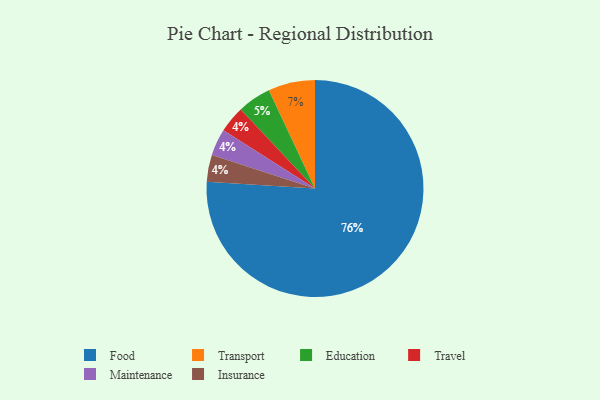
{"axis": {"x": "Category", "y": "Percentage"}, "legend": ["Education", "Food", "Insurance", "Maintenance", "Transport", "Travel"], "data": [{"x": "Travel", "y": 4, "type": "Travel"}, {"x": "Education", "y": 5, "type": "Education"}, {"x": "Food", "y": 76, "type": "Food"}, {"x": "Maintenance", "y": 4, "type": "Maintenance"}, {"x": "Insurance", "y": 4, "type": "Insurance"}, {"x": "Transport", "y": 7, "type": "Transport"}]}